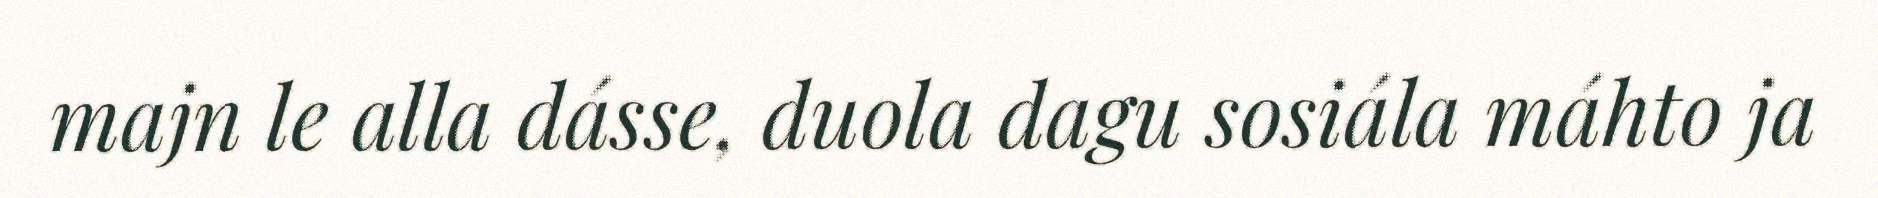
majn le alla dásse, duola dagu sosiála máhto ja